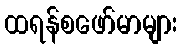
ထရန်စဖော်မာများ